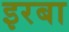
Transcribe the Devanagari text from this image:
इरबा